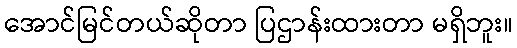
အောင်မြင်တယ်ဆိုတာ ပြဌာန်းထားတာ မရှိဘူး။